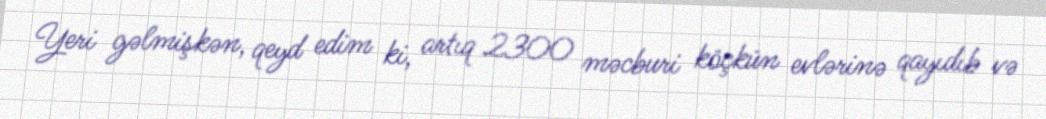
Yeri gəlmişkən, qeyd edim ki, artıq 2300 məcburi köçkün evlərinə qayıdıb və